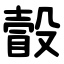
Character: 瞉